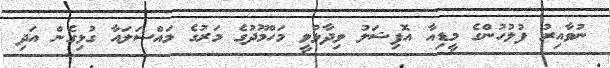
ނުވާއިރު ފުލުހުންގެ މީޑިއާ އޮފިޝަލު ވިދާޅުވީ މަހްމޫދުގެ މަރުގެ މައްސަލައާ ގުޅިގެން އަދި